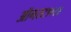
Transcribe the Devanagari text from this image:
ऑगस्ट१९८४